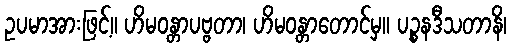
ဥပမာအားဖြင့်။ ဟိမဝန္တာပဗ္ဗတာ၊ ဟိမဝန္တာတောင်မှ။ ပဉ္စနဒီသတာနိ၊